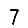
Digit: 7